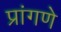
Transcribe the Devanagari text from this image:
प्रांगणे